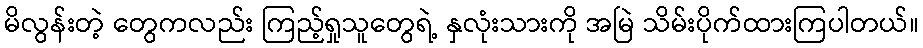
မိလွန်းတဲ့ တွေကလည်း ကြည့်ရှုသူတွေရဲ့ နှလုံးသားကို အမြဲ သိမ်းပိုက်ထားကြပါတယ်။